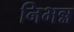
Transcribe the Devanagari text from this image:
निभन्न